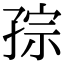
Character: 孮